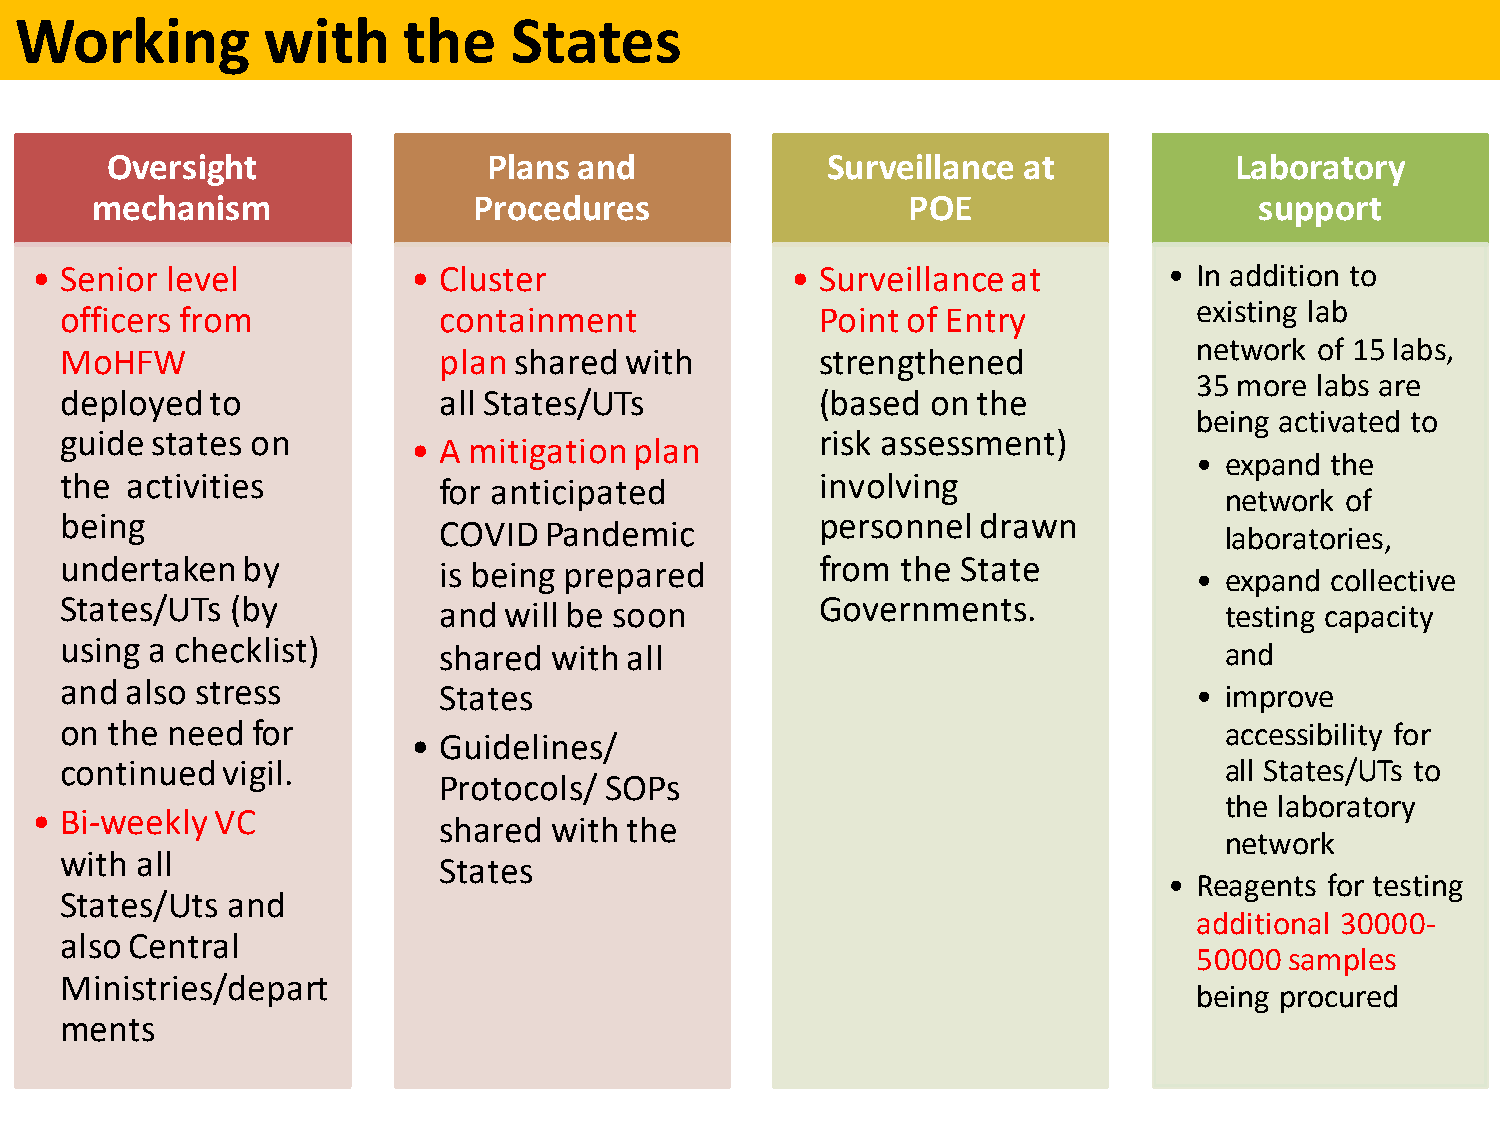
Working         with      the    States
 Oversight                Plans and              Surveillance at            Laboratory
 mechanism                Procedures                   POE                    support
 • Senior level           • Cluster                • Surveillance at        • In addition to
 officers from            containment              Point of Entry           existing lab
 network of 15 labs,
 MoHFW                    plan shared with         strengthened
 35 more labs are
 deployed  to             all States/UTs           (based  on the
 being activated to
 guide states on                                   risk assessment)
 • A mitigation plan
 • expand the
 the activities                                    involving
 for anticipated
 network of
 being                                             personnel  drawn
 COVID  Pandemic
 laboratories,
 undertaken  by           is being prepared        from  the State
 • expand collective
 States/UTs (by                                    Governments.
 and will be soon                                    testing capacity
 using a checklist)
 shared  with all                                    and
 and also stress
 States                                            • improve
 on the need  for                                                             accessibility for
 • Guidelines/
 continued  vigil.                                                            all States/UTs to
 Protocols/ SOPs
 the laboratory
 • Bi-weekly VC
 shared  with the
 network
 with all                 States
 • Reagents for testing
 States/Uts and
 additional 30000-
 also Central
 50000 samples
 Ministries/depart
 being procured
 ments